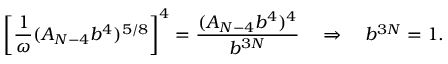
\left[ \frac { 1 } { \omega } ( A _ { N - 4 } b ^ { 4 } ) ^ { 5 / 8 } \right] ^ { 4 } = \frac { ( A _ { N - 4 } b ^ { 4 } ) ^ { 4 } } { b ^ { 3 N } } \quad \Rightarrow \quad b ^ { 3 N } = 1 .